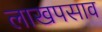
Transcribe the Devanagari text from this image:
लाखपसाव